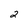
Character: 2